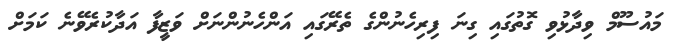
މައުސޫމް ވިދާޅުވި ގޮތުގައި ގިނަ ފިރިހެނުންގެ ތެރޭގައި އަންހެނުންނަށް ވަޒީފާ އަދާކުރެވޭނެ ކަމަށް